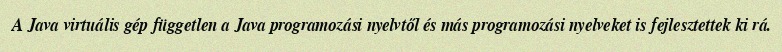
A Java virtuális gép független a Java programozási nyelvtől és más programozási nyelveket is fejlesztettek ki rá.